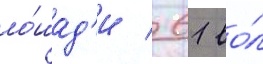
ло́шад'и / 61 во́л